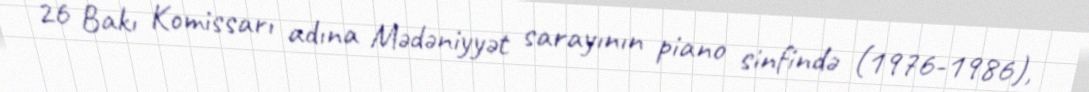
26 Bakı Komissarı adına Mədəniyyət sarayının piano sinfində (1976-1986),